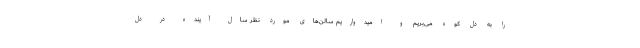
را به دل کوه می‌بریم و امیدواریم سالن‌های مورد نظر سال آینده در دل